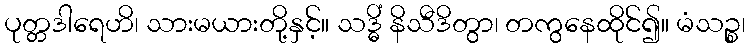
ပုတ္တဒါရေဟိ၊ သားမယားတို့နှင့်။ သဒ္ဓိံ နိသီဒိတွာ၊ တကွနေထိုင်၍။ မံသဉ္စ၊